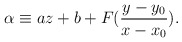
\begin{align*}\alpha \equiv a z + b + F( \frac{y-y_0}{x-x_0} ).\end{align*}